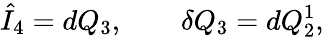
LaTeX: \hat{I}_{4}=dQ_{3},\qquad\delta Q_{3}=dQ_{2}^{1},